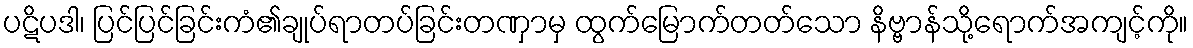
ပဋိပဒါ၊ ပြင်ပြင်ခြင်းကံ၏ချုပ်ရာတပ်ခြင်းတဏှာမှ ထွက်မြောက်တတ်သော နိဗ္ဗာန်သို့ရောက်အကျင့်ကို။